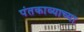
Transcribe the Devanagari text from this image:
पंतकाव्याच्या